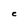
Character: C